Emmaste_vallavalitsus, lk 34
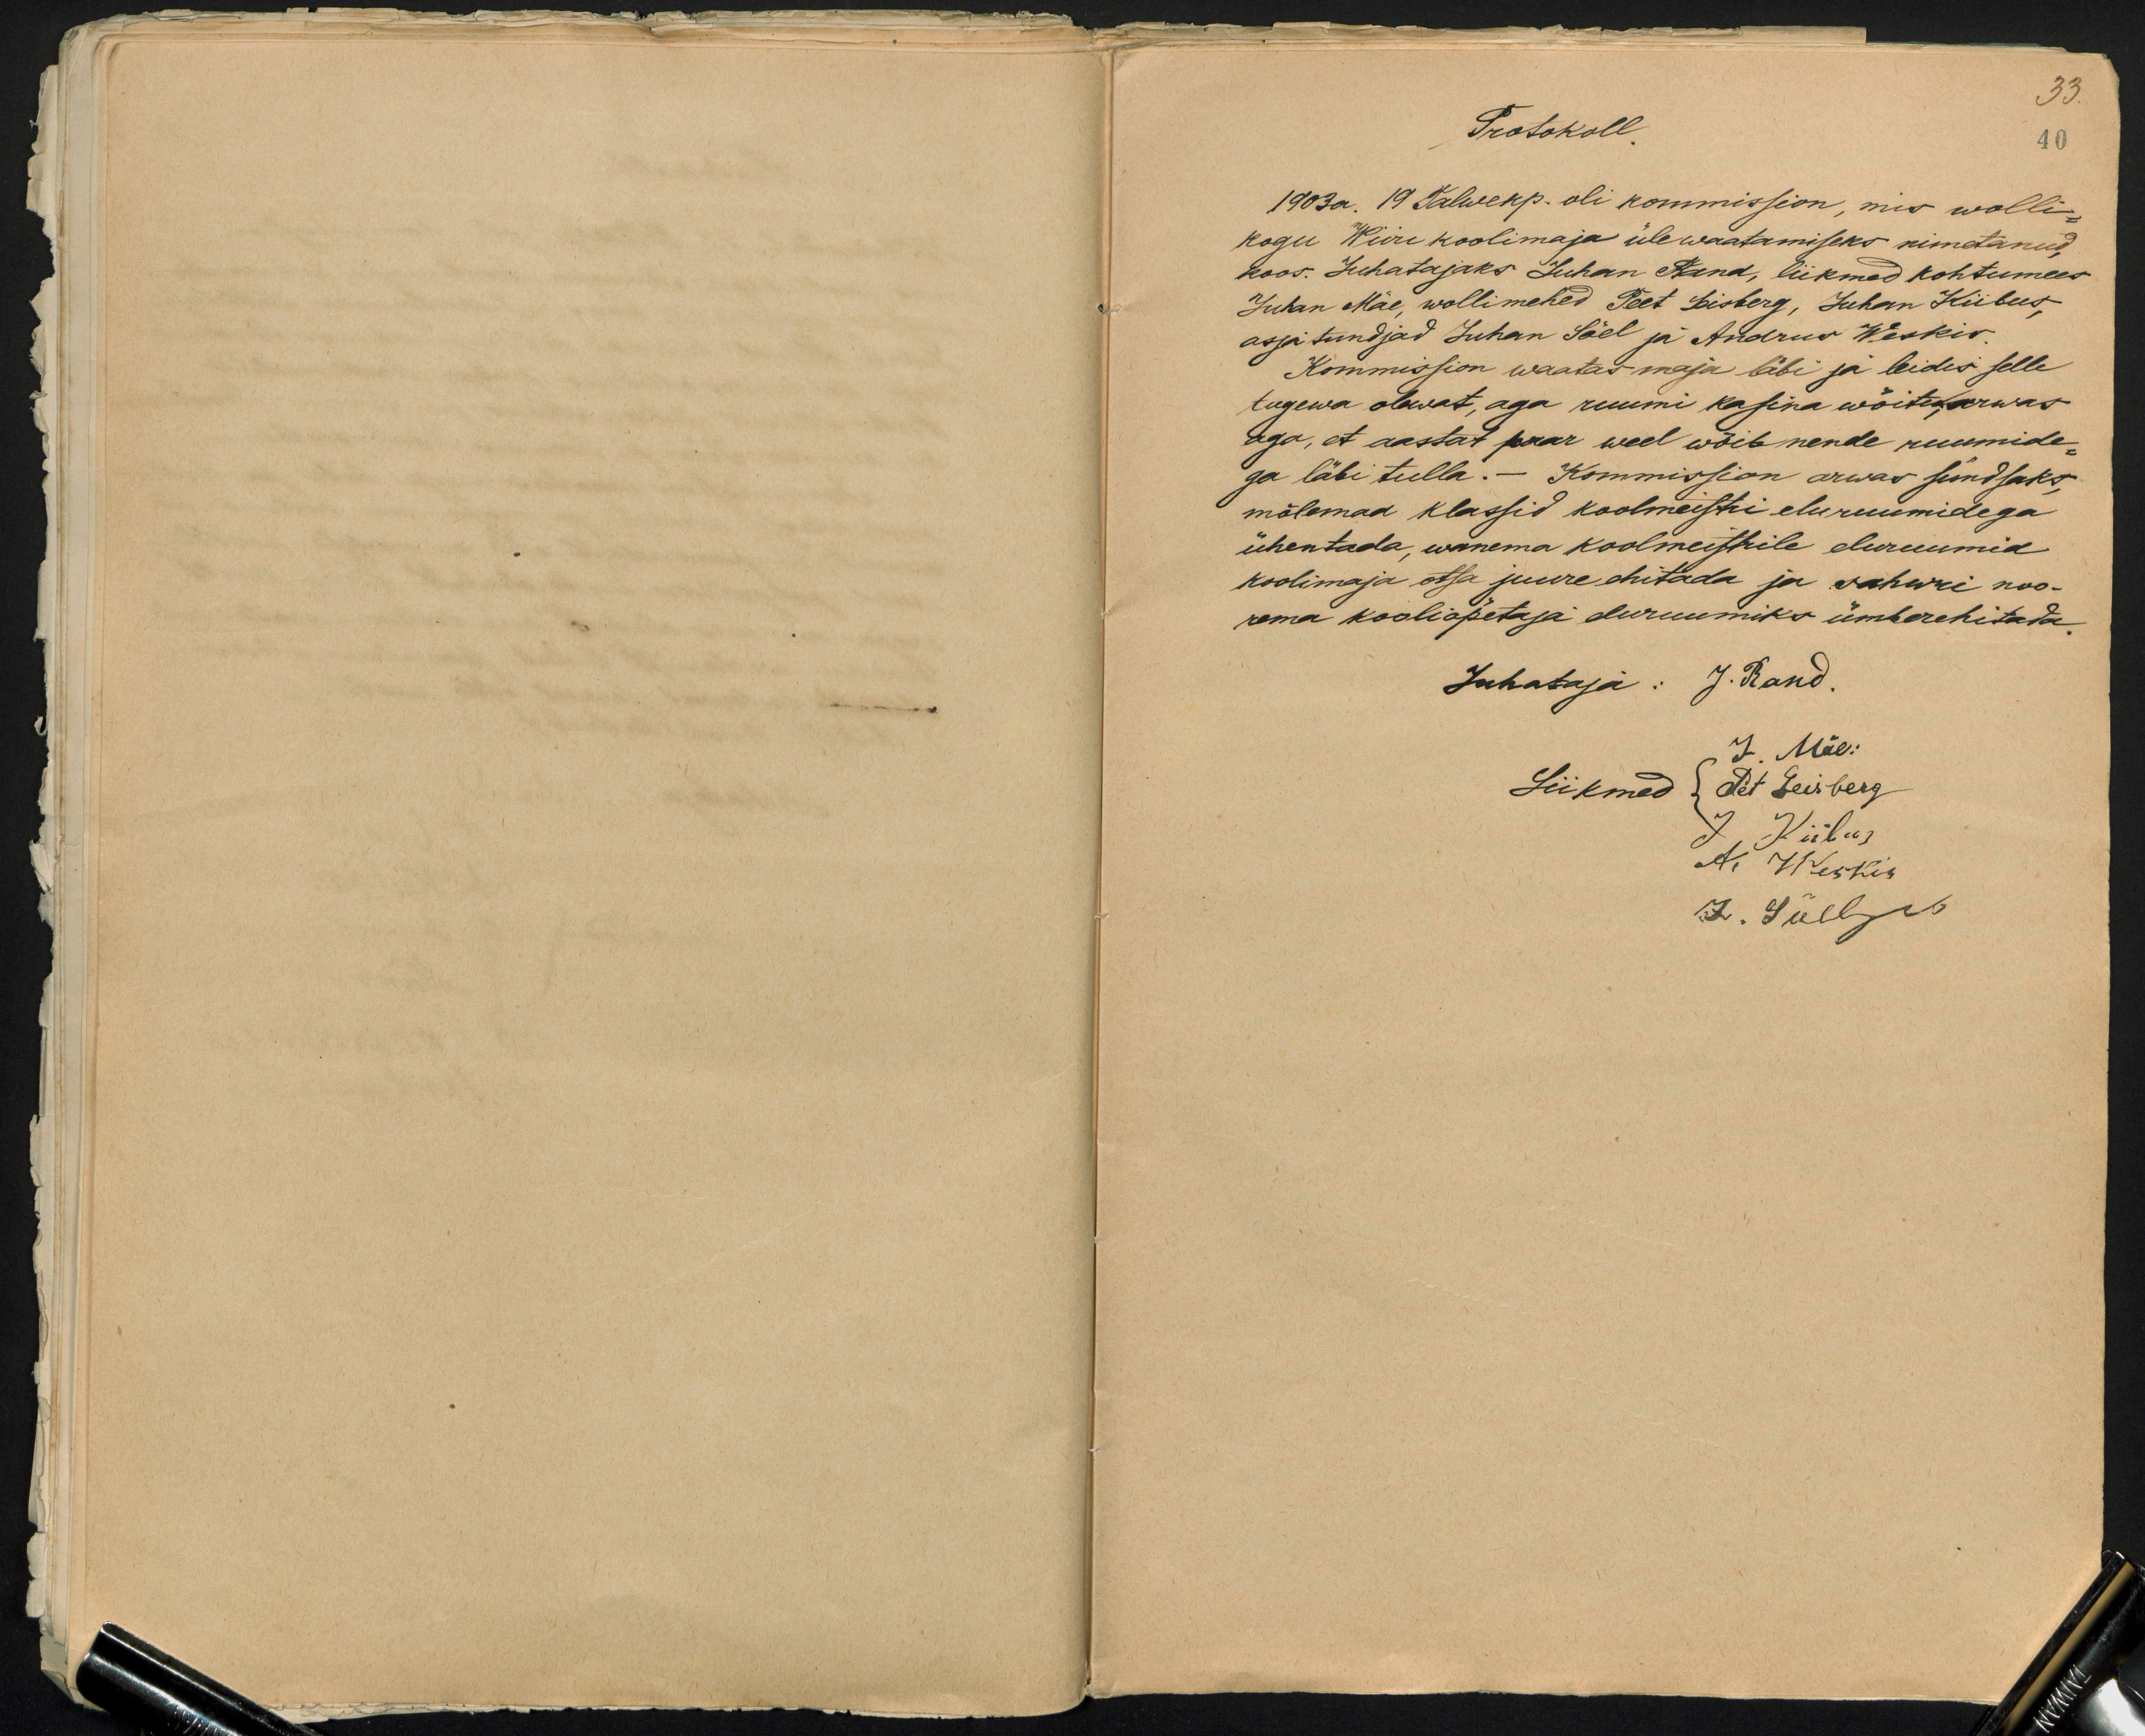
33.
Protokoll.
40
1903 a. 19 Talwekp. oli kommission, mis wolli-
kogu Wiire koolimaja üle waatamiseks nimetanud,
koos. Juhatajaks Juhan Rand, liikmed kohtumees
Juhan Mäe, wollimehed Peet Leisberg, Juhan Kiibus
asja tundjad Juhan Söel ja Andrus Weskis.
Kommission waatas maja läbi ja leidis selle
tugewa olewat, aga ruumi kasina wõitu, arwas
aga, et aastat paar weel wõib nende ruumide-
ga läbi tulla.- Kommission arwas sündsaks,
mõlemad klassid koolmeistri eluruumidega
ühentada, wanema koolmeistrile eluruumid
koolimaja otsa juure ehitada ja sahwri noo-
rema kooliõpetaja eluruumiks ümberehitada.
Juhataja: J. Rand.
J. Mäe.
Liikmed Peet Leisberg
J. Kiibus
A. Weskis
J. Süll 15.